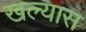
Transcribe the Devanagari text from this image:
खल्यास